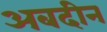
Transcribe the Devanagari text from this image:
अबदीन